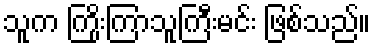
သူက ကြိုးကြာသူကြီးမင်း ဖြစ်သည်။